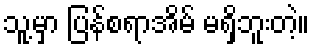
သူ့မှာ ပြန်စရာအိမ် မရှိဘူးတဲ့။